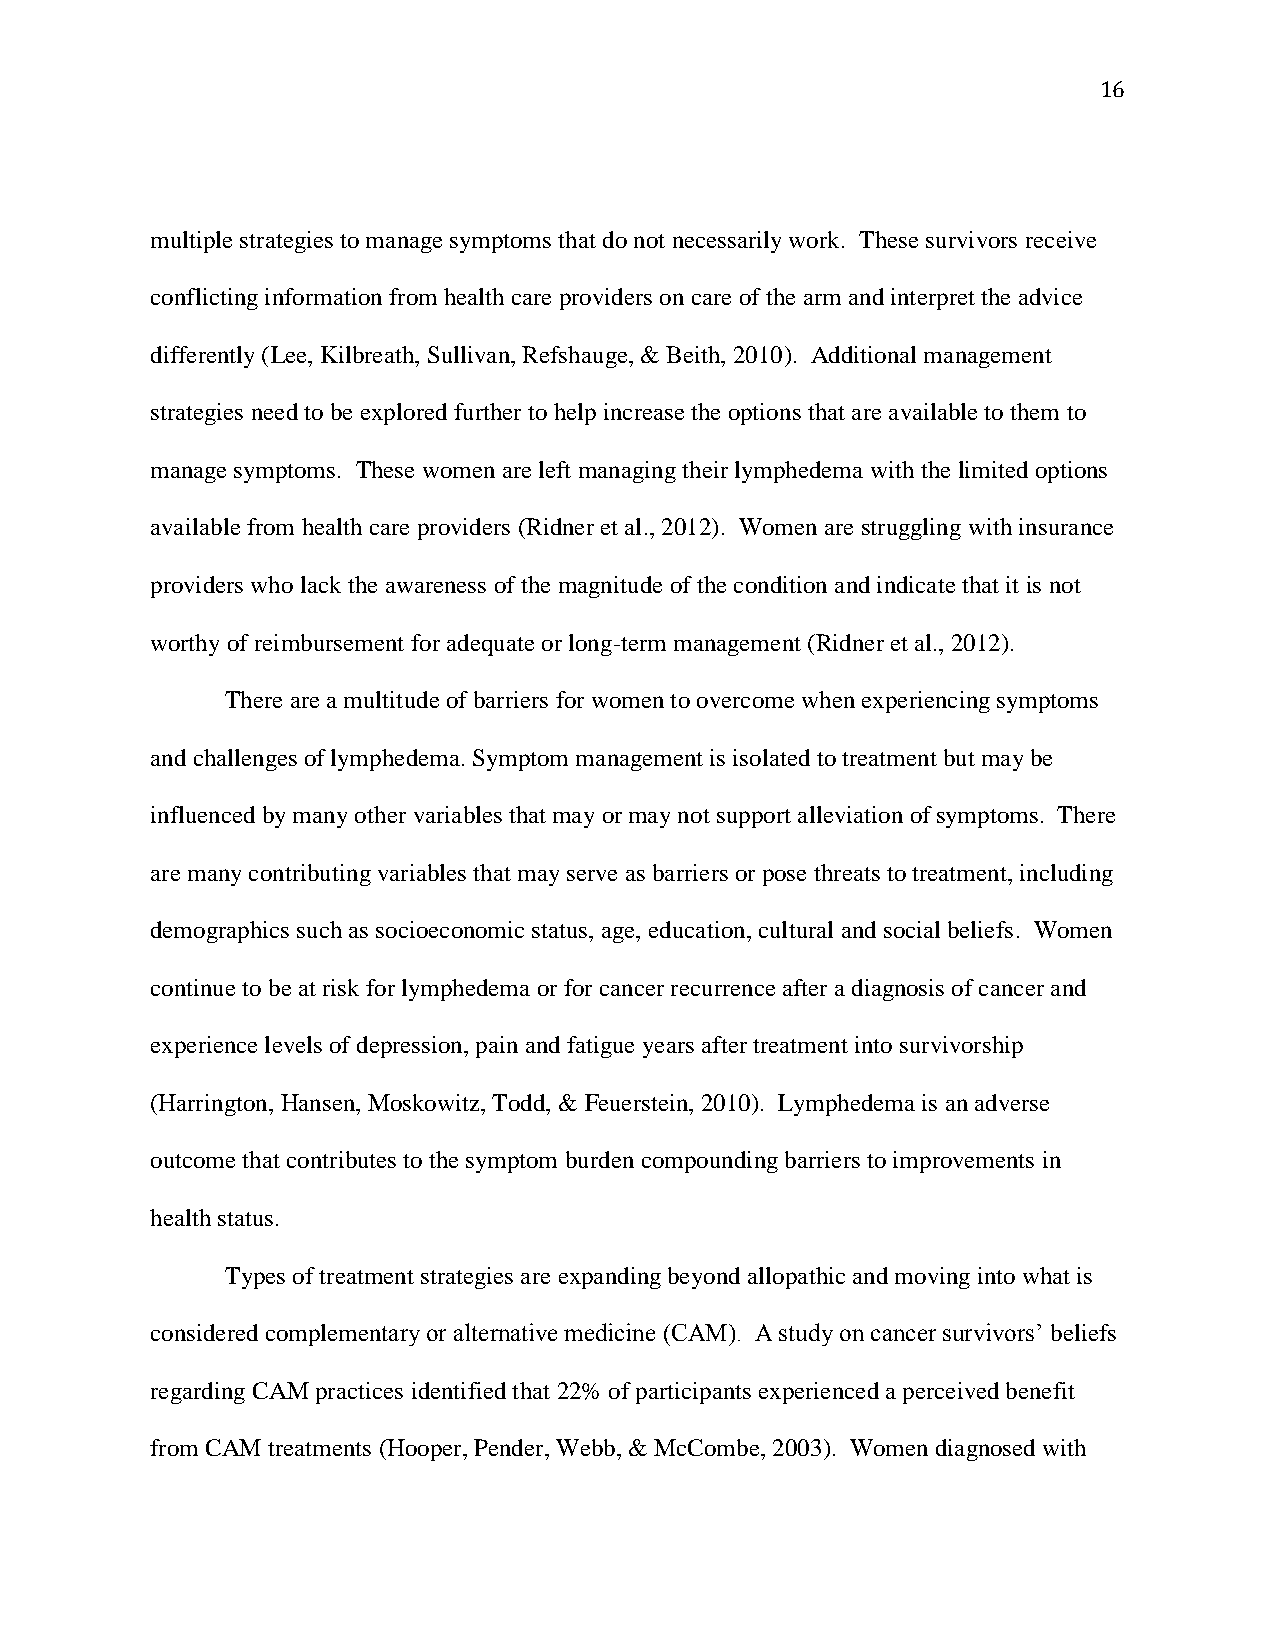
16
 multiple strategies to manage symptoms that do not necessarily work. These survivors receive
 conflicting information from health care providers on care of the arm and interpret the advice
 differently (Lee, Kilbreath, Sullivan, Refshauge, & Beith, 2010). Additional management
 strategies need to be explored further to help increase the options that are available to them to
 manage symptoms. These women are left managing their lymphedema with the limited options
 available from health care providers (Ridner et al., 2012). Women are struggling with insurance
 providers who lack the awareness of the magnitude of the condition and indicate that it is not
 worthy of reimbursement for adequate or long-term management (Ridner et al., 2012).
 There are a multitude of barriers for women to overcome when experiencing symptoms
 and challenges of lymphedema. Symptom management is isolated to treatment but may be
 influenced by many other variables that may or may not support alleviation of symptoms. There
 are many contributing variables that may serve as barriers or pose threats to treatment, including
 demographics such as socioeconomic status, age, education, cultural and social beliefs. Women
 continue to be at risk for lymphedema or for cancer recurrence after a diagnosis of cancer and
 experience levels of depression, pain and fatigue years after treatment into survivorship
 (Harrington, Hansen, Moskowitz, Todd, & Feuerstein, 2010). Lymphedema is an adverse
 outcome that contributes to the symptom burden compounding barriers to improvements in
 health status.
 Types of treatment strategies are expanding beyond allopathic and moving into what is
 considered complementary or alternative medicine (CAM). A study on cancer survivors’ beliefs
 regarding CAM practices identified that 22% of participants experienced a perceived benefit
 from CAM treatments (Hooper, Pender, Webb, & McCombe, 2003). Women diagnosed with